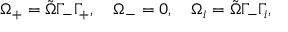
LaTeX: \Omega _ { + } = \tilde { \Omega } \Gamma _ { - } \Gamma _ { + } , \quad \Omega _ { - } = 0 , \quad \Omega _ { i } = \tilde { \Omega } \Gamma _ { - } \Gamma _ { i } ,